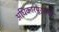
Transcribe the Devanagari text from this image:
अधिकारपूर्णता